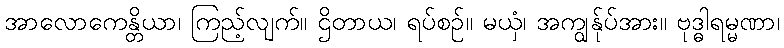
အာလောကေန္တိယာ၊ ကြည့်လျက်။ ဌိတာယ၊ ရပ်စဉ်။ မယှံ၊ အကျွန်ုပ်အား။ ဗုဒ္ဓါရမ္မဏာ၊